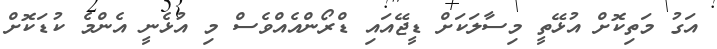
އަގު މަތިކޮށް އުޅޭތީ މިސާލަކަށް ޑީޖޭއައި ޑްރޯންއެއްވެސް މި އުޅެނީ އެންމެ ކުޑަކޮށް